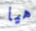
هيا